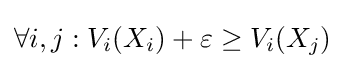
\forall i,j:V_{i}(X_{i})+\varepsilon \geq V_{i}(X_{j})